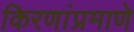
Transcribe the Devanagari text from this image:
किरणांप्रमाणे